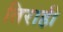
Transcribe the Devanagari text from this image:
तिराही